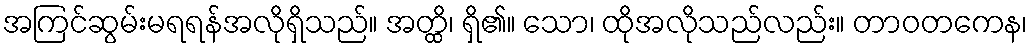
အကြင်ဆွမ်းမရရန်အလိုရှိသည်။ အတ္ထိ၊ ရှိ၏။ သော၊ ထိုအလိုသည်လည်း။ တာဝတကေန၊